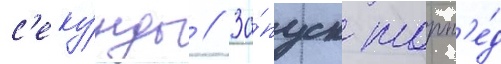
с'еку́нды // За́пуск торп'е́д